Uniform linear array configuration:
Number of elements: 8
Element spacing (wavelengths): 0.5
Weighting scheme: cosine
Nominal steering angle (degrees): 60
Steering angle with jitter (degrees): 61.913
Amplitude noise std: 0.05
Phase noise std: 0.05

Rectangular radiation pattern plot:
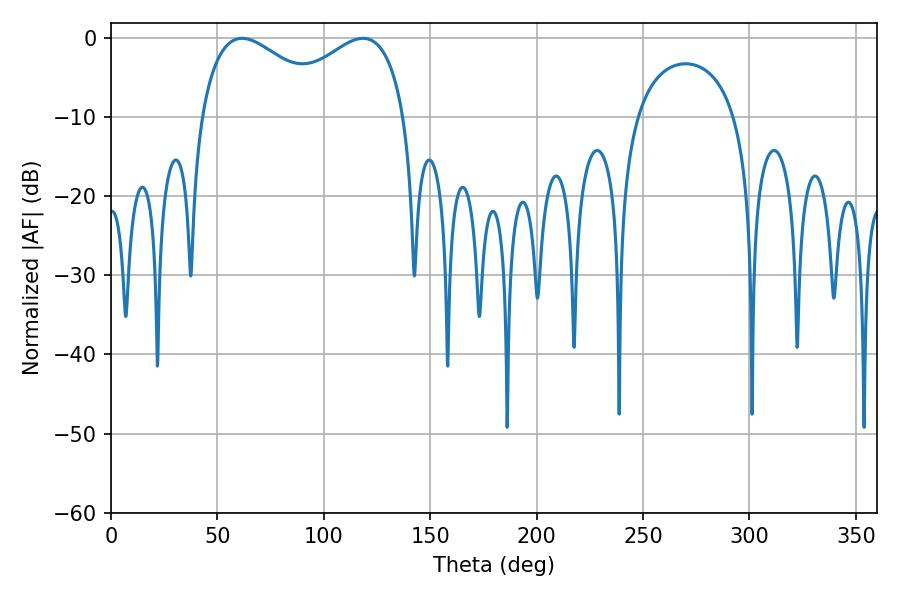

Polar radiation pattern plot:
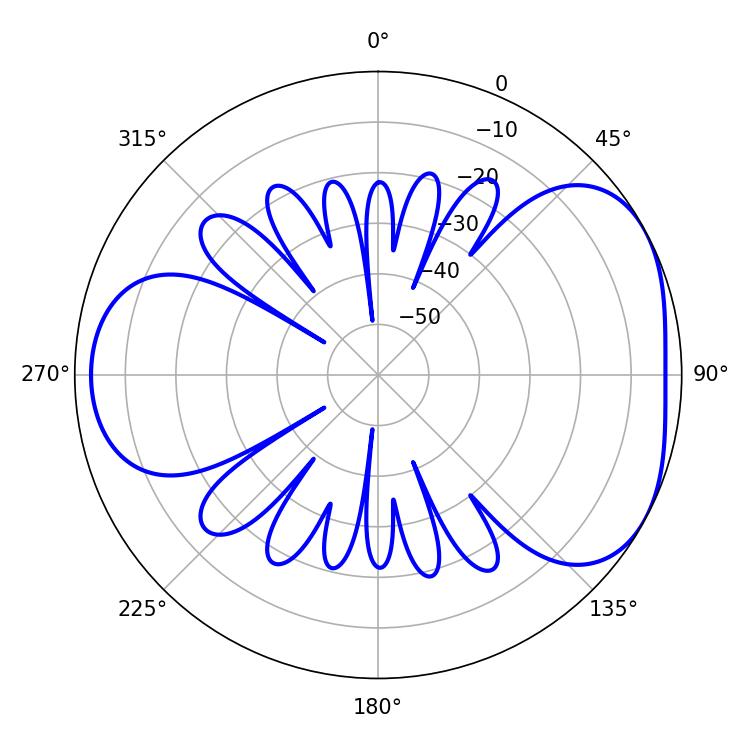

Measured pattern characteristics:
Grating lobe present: FALSE
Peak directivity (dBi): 4.393
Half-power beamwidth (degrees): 35.28
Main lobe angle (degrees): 61.56